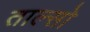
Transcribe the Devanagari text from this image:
ताल्सो